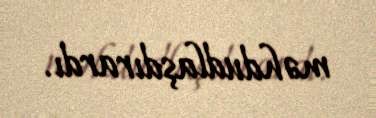
məhdudlaşdırardı.